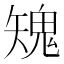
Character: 𩲶